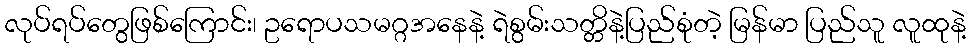
လုပ်ရပ်တွေဖြစ်ကြောင်း၊ ဥရောပသမဂ္ဂအနေနဲ့ ရဲစွမ်းသတ္တိနဲ့ပြည်စုံတဲ့ မြန်မာ ပြည်သူ လူထုနဲ့